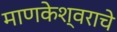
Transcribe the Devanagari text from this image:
माणकेश्वराचे